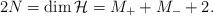
LaTeX: \begin{align*} 2N = \dim \mathcal{H} = M_+ + M_- + 2. \end{align*}